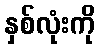
နှစ်လုံးကို